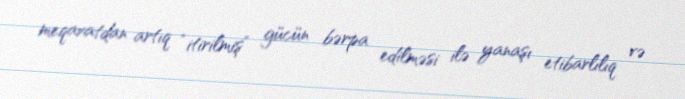
meqavatdan artıq “itirilmiş” gücün bərpa edilməsi ilə yanaşı etibarlılıq və